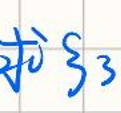
求$\xi3$